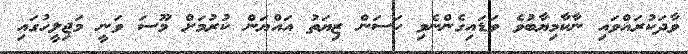
ވާދަކުރައްވައި ނާކާމިޔާބުވެ ވަޑައިގެންނެވި ހަސަން ޒިޔަތު އައްޔަން ކުރުމަށް މޫސަ ވަނީ މަޖިލީހުގައި